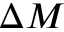
\Delta { M }